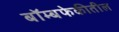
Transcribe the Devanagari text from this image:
बॉम्बफेकीतील